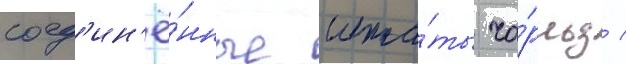
соед'ин'ё́нные шта́ты ча́рльз /